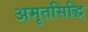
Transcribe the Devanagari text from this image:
अमृतसिद्धि